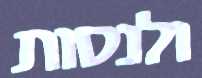
ולנסות